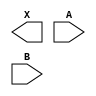
module sky130_fd_sc_hs__and2 (
    X,
    A,
    B
);

    output X;
    input  A;
    input  B;

    // Voltage supply signals
    supply1 VPWR;
    supply0 VGND;

endmodule